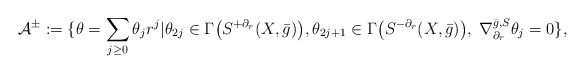
\begin{align*} \mathcal{A}^\pm:=\{\theta=\sum_{j\geq 0} \theta_jr^j| \theta_{2j}\in\Gamma\big(S^{+\partial_r}(X,\bar{g})\big), \theta_{2j+1}\in\Gamma\big(S^{-\partial_r}(X,\bar{g})\big), \; \nabla^{\bar{g},S}_{\partial_r}\theta_j=0 \}, \end{align*}